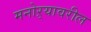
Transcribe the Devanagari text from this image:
मनोऱ्यावरील